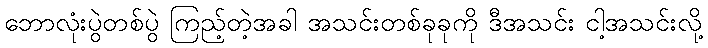
ဘောလုံးပွဲတစ်ပွဲ ကြည့်တဲ့အခါ အသင်းတစ်ခုခုကို ဒီအသင်း ငါ့အသင်းလို့